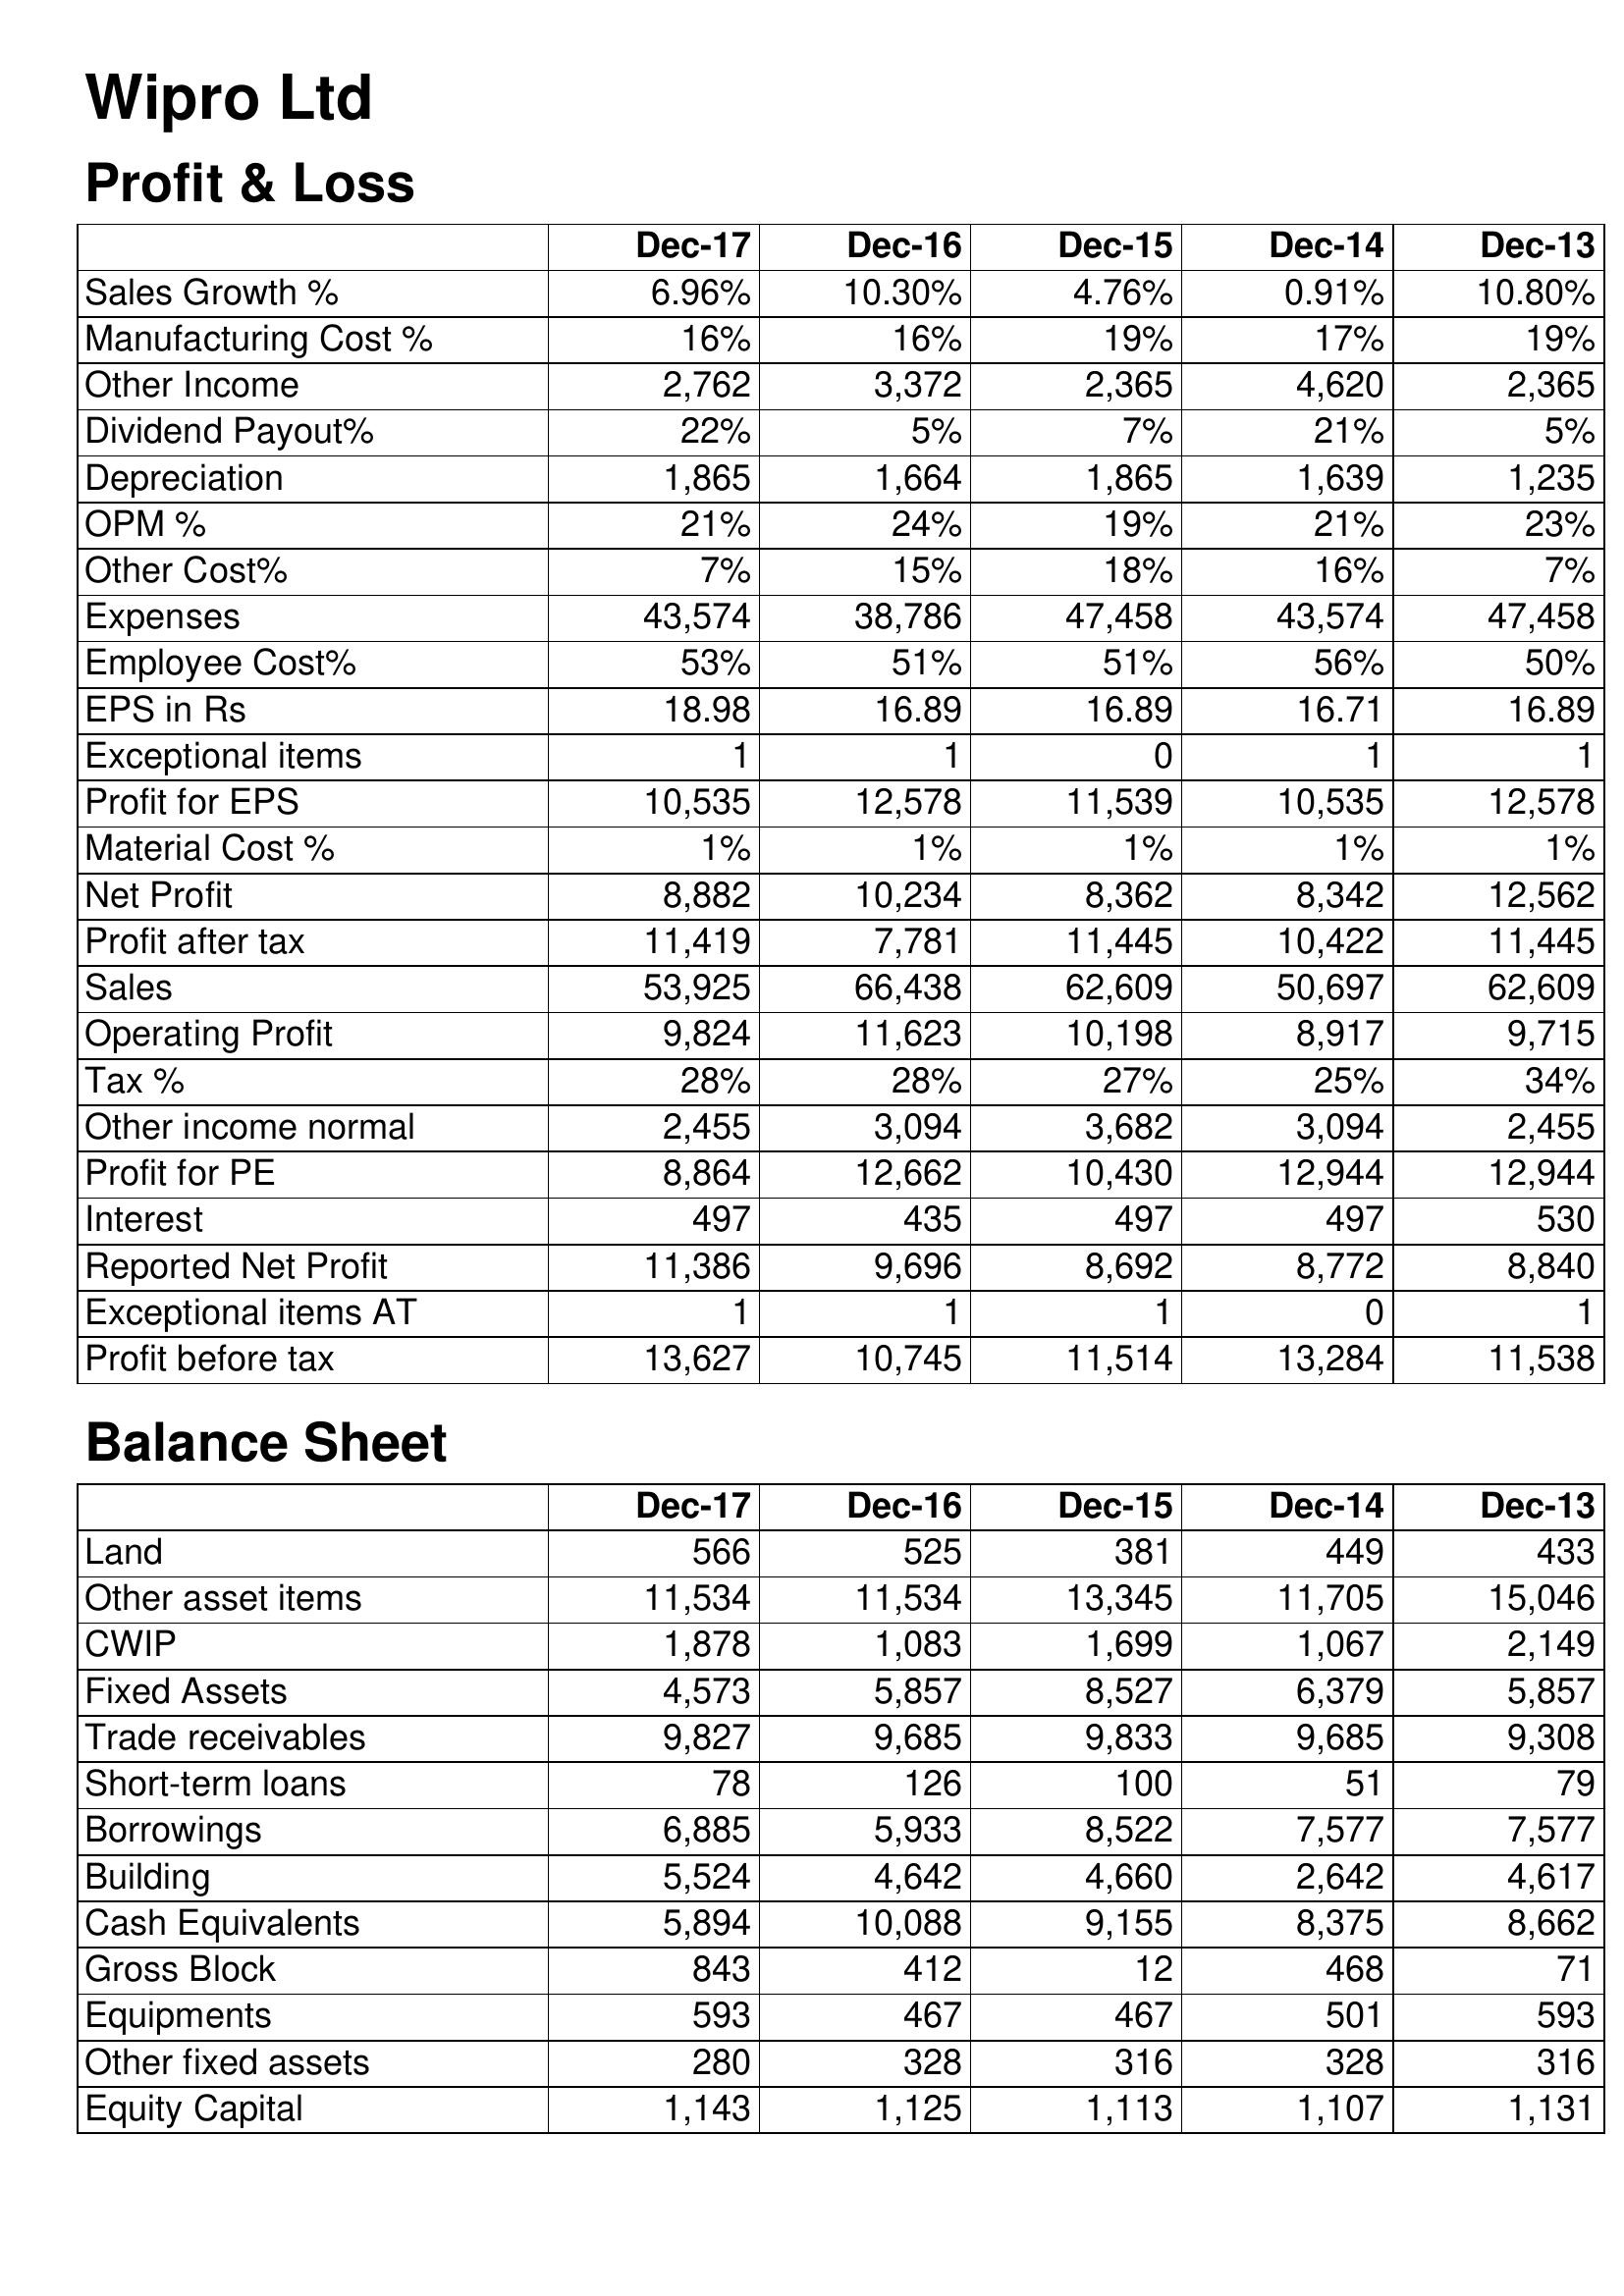
Dec-17: Profit & Loss: Sales Growth %: 6.96%
Manufacturing Cost %: 16%
Other Income: 2,762
Dividend Payout%: 22%
Depreciation: 1,865
OPM %: 21%
Other Cost%: 7%
Expenses: 43,574
Employee Cost%: 53%
EPS in Rs: 18.98
Exceptional items: 1
Profit for EPS: 10,535
Material Cost %: 1%
Net Profit: 8,882
Profit after tax: 11,419
Sales: 53,925
Operating Profit: 9,824
Tax %: 28%
Other income normal: 2,455
Profit for PE: 8,864
Interest: 497
Reported Net Profit: 11,386
Exceptional items AT: 1
Profit before tax: 13,627
Balance Sheet: Land: 566
Other asset items: 11,534
CWIP: 1,878
Fixed Assets: 4,573
Trade receivables: 9,827
Short-term loans: 78
Borrowings: 6,885
Building: 5,524
Cash Equivalents: 5,894
Gross Block: 843
Equipments: 593
Other fixed assets: 280
Equity Capital: 1,143
Dec-16: Profit & Loss: Sales Growth %: 10.30%
Manufacturing Cost %: 16%
Other Income: 3,372
Dividend Payout%: 5%
Depreciation: 1,664
OPM %: 24%
Other Cost%: 15%
Expenses: 38,786
Employee Cost%: 51%
EPS in Rs: 16.89
Exceptional items: 1
Profit for EPS: 12,578
Material Cost %: 1%
Net Profit: 10,234
Profit after tax: 7,781
Sales: 66,438
Operating Profit: 11,623
Tax %: 28%
Other income normal: 3,094
Profit for PE: 12,662
Interest: 435
Reported Net Profit: 9,696
Exceptional items AT: 1
Profit before tax: 10,745
Balance Sheet: Land: 525
Other asset items: 11,534
CWIP: 1,083
Fixed Assets: 5,857
Trade receivables: 9,685
Short-term loans: 126
Borrowings: 5,933
Building: 4,642
Cash Equivalents: 10,088
Gross Block: 412
Equipments: 467
Other fixed assets: 328
Equity Capital: 1,125
Dec-15: Profit & Loss: Sales Growth %: 4.76%
Manufacturing Cost %: 19%
Other Income: 2,365
Dividend Payout%: 7%
Depreciation: 1,865
OPM %: 19%
Other Cost%: 18%
Expenses: 47,458
Employee Cost%: 51%
EPS in Rs: 16.89
Exceptional items: 0
Profit for EPS: 11,539
Material Cost %: 1%
Net Profit: 8,362
Profit after tax: 11,445
Sales: 62,609
Operating Profit: 10,198
Tax %: 27%
Other income normal: 3,682
Profit for PE: 10,430
Interest: 497
Reported Net Profit: 8,692
Exceptional items AT: 1
Profit before tax: 11,514
Balance Sheet: Land: 381
Other asset items: 13,345
CWIP: 1,699
Fixed Assets: 8,527
Trade receivables: 9,833
Short-term loans: 100
Borrowings: 8,522
Building: 4,660
Cash Equivalents: 9,155
Gross Block: 12
Equipments: 467
Other fixed assets: 316
Equity Capital: 1,113
Dec-14: Profit & Loss: Sales Growth %: 0.91%
Manufacturing Cost %: 17%
Other Income: 4,620
Dividend Payout%: 21%
Depreciation: 1,639
OPM %: 21%
Other Cost%: 16%
Expenses: 43,574
Employee Cost%: 56%
EPS in Rs: 16.71
Exceptional items: 1
Profit for EPS: 10,535
Material Cost %: 1%
Net Profit: 8,342
Profit after tax: 10,422
Sales: 50,697
Operating Profit: 8,917
Tax %: 25%
Other income normal: 3,094
Profit for PE: 12,944
Interest: 497
Reported Net Profit: 8,772
Exceptional items AT: 0
Profit before tax: 13,284
Balance Sheet: Land: 449
Other asset items: 11,705
CWIP: 1,067
Fixed Assets: 6,379
Trade receivables: 9,685
Short-term loans: 51
Borrowings: 7,577
Building: 2,642
Cash Equivalents: 8,375
Gross Block: 468
Equipments: 501
Other fixed assets: 328
Equity Capital: 1,107
Dec-13: Profit & Loss: Sales Growth %: 10.80%
Manufacturing Cost %: 19%
Other Income: 2,365
Dividend Payout%: 5%
Depreciation: 1,235
OPM %: 23%
Other Cost%: 7%
Expenses: 47,458
Employee Cost%: 50%
EPS in Rs: 16.89
Exceptional items: 1
Profit for EPS: 12,578
Material Cost %: 1%
Net Profit: 12,562
Profit after tax: 11,445
Sales: 62,609
Operating Profit: 9,715
Tax %: 34%
Other income normal: 2,455
Profit for PE: 12,944
Interest: 530
Reported Net Profit: 8,840
Exceptional items AT: 1
Profit before tax: 11,538
Balance Sheet: Land: 433
Other asset items: 15,046
CWIP: 2,149
Fixed Assets: 5,857
Trade receivables: 9,308
Short-term loans: 79
Borrowings: 7,577
Building: 4,617
Cash Equivalents: 8,662
Gross Block: 71
Equipments: 593
Other fixed assets: 316
Equity Capital: 1,131